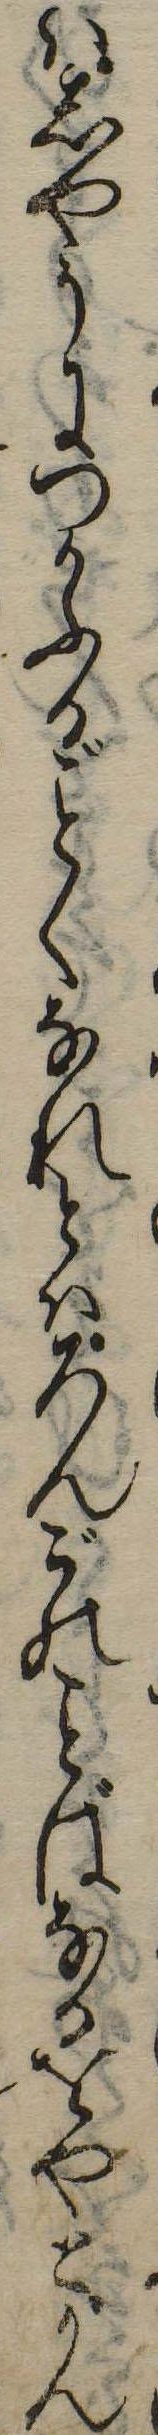
はしやうにつかふるくなれとはろんごのばなるをやとかん